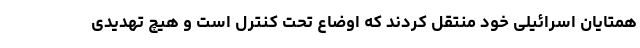
همتایان اسرائیلی خود منتقل کردند که اوضاع تحت کنترل است و هیچ تهدیدی